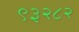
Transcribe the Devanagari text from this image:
९३२८२